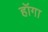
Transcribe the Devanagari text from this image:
हॉगा